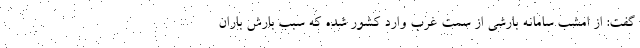
گفت: از امشب سامانه بارشی از سمت غرب وارد کشور شده که سبب بارش باران